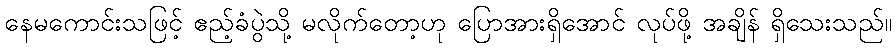
နေမကောင်းသဖြင့် ဧည့်ခံပွဲသို့ မလိုက်တော့ဟု ပြောအားရှိအောင် လုပ်ဖို့ အချိန် ရှိသေးသည်။